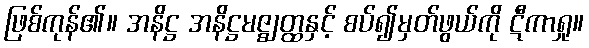
ဖြစ်ကုန်၏။ အနိဋ္ဌ အနိဋ္ဌမဇ္ဈတ္ထနှင့် စပ်၍မှတ်ဖွယ်ကို ဋီကာရှု။